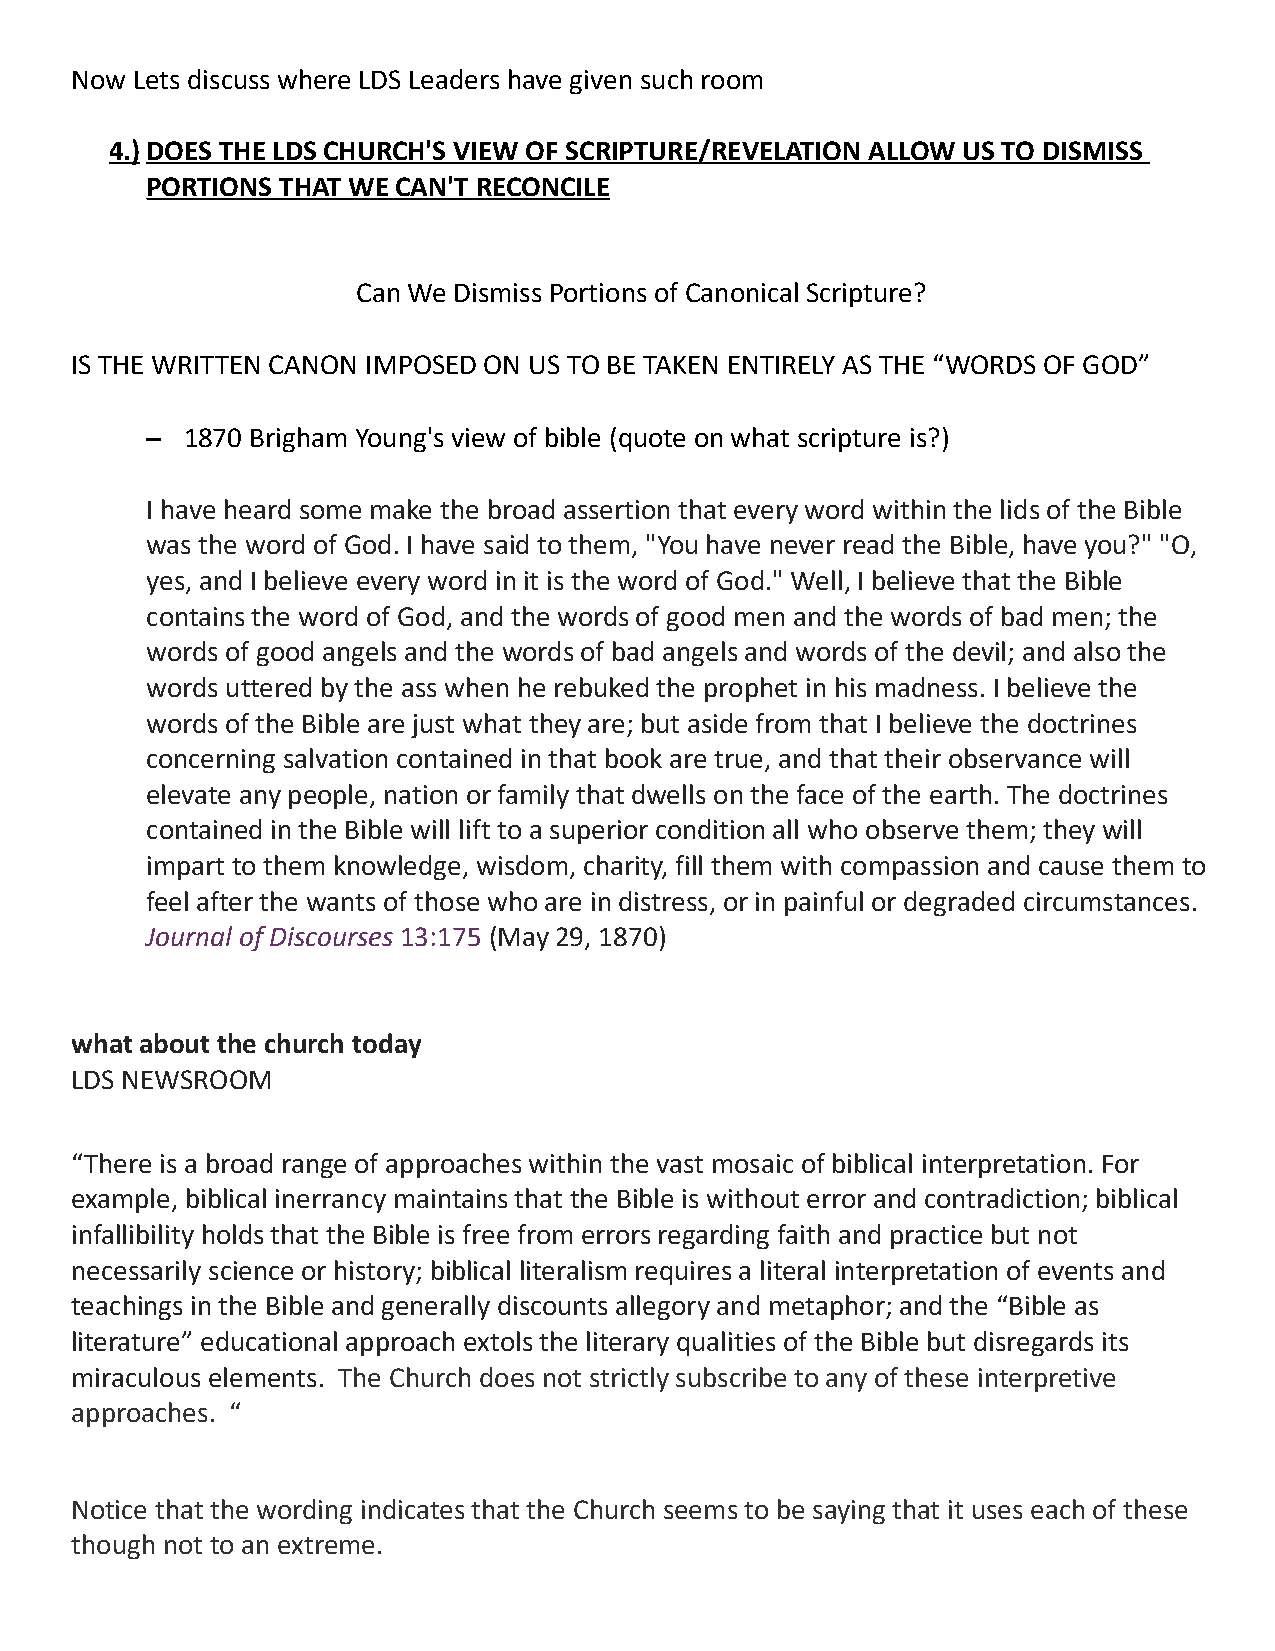
Now Lets discuss where LDS Leaders have given such room
 4.) DOES THE LDS CHURCH'S VIEW OF SCRIPTURE/REVELATION ALLOW US TO DISMISS
 PORTIONS THAT WE CAN'T RECONCILE
 Can We Dismiss Portions of Canonical Scripture?
 IS THE WRITTEN CANON IMPOSED ON US TO BE TAKEN ENTIRELY AS THE “WORDS OF GOD”
 – 1870 Brigham Young's view of bible (quote on what scripture is?)
 I have heard some make the broad assertion that every word within the lids of the Bible
 was the word of God. I have said to them, "You have never read the Bible, have you?" "O,
 yes, and I believe every word in it is the word of God." Well, I believe that the Bible
 contains the word of God, and the words of good men and the words of bad men; the
 words of good angels and the words of bad angels and words of the devil; and also the
 words uttered by the ass when he rebuked the prophet in his madness. I believe the
 words of the Bible are just what they are; but aside from that I believe the doctrines
 concerning salvation contained in that book are true, and that their observance will
 elevate any people, nation or family that dwells on the face of the earth. The doctrines
 contained in the Bible will lift to a superior condition all who observe them; they will
 impart to them knowledge, wisdom, charity, fill them with compassion and cause them to
 feel after the wants of those who are in distress, or in painful or degraded circumstances.
 Journal of Discourses 13:175 (May 29, 1870)
 what about the church today
 LDS NEWSROOM
 “There is a broad range of approaches within the vast mosaic of biblical interpretation. For
 example, biblical inerrancy maintains that the Bible is without error and contradiction; biblical
 infallibility holds that the Bible is free from errors regarding faith and practice but not
 necessarily science or history; biblical literalism requires a literal interpretation of events and
 teachings in the Bible and generally discounts allegory and metaphor; and the “Bible as
 literature” educational approach extols the literary qualities of the Bible but disregards its
 miraculous elements. The Church does not strictly subscribe to any of these interpretive
 approaches. “
 Notice that the wording indicates that the Church seems to be saying that it uses each of these
 though not to an extreme.